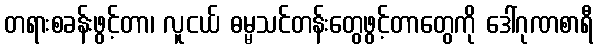
တရားစခန်းဖွင့်တာ၊ လူငယ် ဓမ္မသင်တန်းတွေဖွင့်တာတွေကို ဒေါ်ဂုဏစာရီ